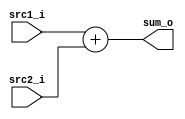
//Subject:     CO project 2 - Adder
//--------------------------------------------------------------------------------
//Version:     1
//--------------------------------------------------------------------------------
//Writer:      Chieh Nien
//----------------------------------------------
//----------------------------------------------
//Description: 
//--------------------------------------------------------------------------------

module Adder(
    src1_i,
	src2_i,
	sum_o
	);
     
//I/O ports
input  [32-1:0]  src1_i;
input  [32-1:0]	 src2_i;
output [32-1:0]	 sum_o;

//Internal Signals
wire    [32-1:0]	 sum_o;

//Parameter
    
//Main function
assign sum_o = src1_i + src2_i;

endmodule